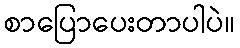
စာပြောပေးတာပါပဲ။